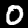
Digit: 0